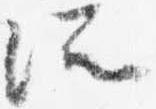
所